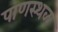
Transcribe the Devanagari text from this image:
पाणस्थळ